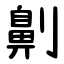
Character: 劓